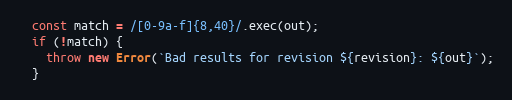
Language: JavaScript
  const match = /[0-9a-f]{8,40}/.exec(out);
  if (!match) {
    throw new Error(`Bad results for revision ${revision}: ${out}`);
  }